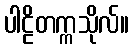
ပါဠိတက္ကသိုလ်။